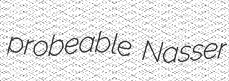
probeable Nasser